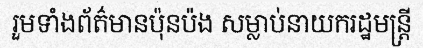
រួមទាំងព័ត៌មានប៉ុនប៉ង សម្លាប់នាយករដ្ឋមន្ត្រី